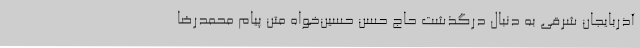
آذربایجان شرقی به دنبال درگذشت حاج حسن حسین‌خواه متن پیام محمدرضا